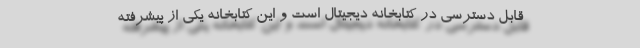
قابل دسترسی در کتابخانه دیجیتال است و این کتابخانه یکی از پیشرفته